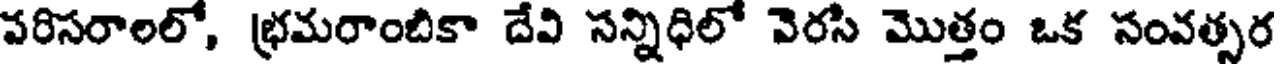
పరిసరాలలో, భ్రమరాంబికా దేవి సన్నిధిలో వెరసి మొత్తం ఒక సంవత్సర